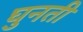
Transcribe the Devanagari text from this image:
घुनती